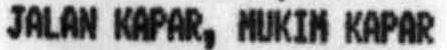
JALAN KAPAR, MUKIM KAPAR